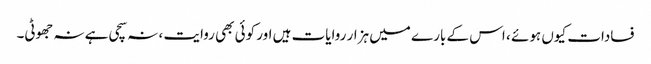
فسادات کیوں ہوئے ، اس کے بارے میں ہزار روایات ہیں اور کوئی بھی روایت ، نہ سچی ہے نہ جھوٹی۔